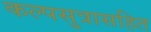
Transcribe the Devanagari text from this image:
कल्पसुत्रासहित